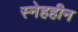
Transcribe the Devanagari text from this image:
स्नेहहीन